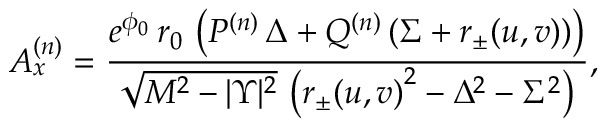
A _ { x } ^ { ( n ) } = { \frac { e ^ { { \phi _ { 0 } } } \, r _ { 0 } \, \left( { P ^ { ( n ) } } \, { \Delta } + { Q ^ { ( n ) } } \, ( \Sigma + r _ { \pm } ( u , v ) ) \right) } { { \sqrt { { M ^ { 2 } } - { | \Upsilon | ^ { 2 } } } } \, \left( { { r _ { \pm } ( u , v ) } ^ { 2 } } - { { { \Delta } } ^ { 2 } } - { \Sigma ^ { 2 } } \right) } } ,